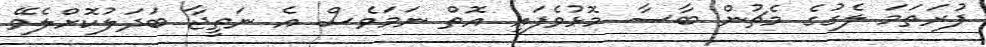
ފުރަތަމަ ލެގުގެ މެޗުން ބާސާ މޮޅުވެފައި އޮތް ނަމަވެސް އެ ނަތީޖާ ބަދަލުކޮށްލެވޭ